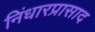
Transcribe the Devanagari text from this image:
निंधारप्रासाद